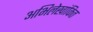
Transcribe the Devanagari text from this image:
अभिलेखांकित